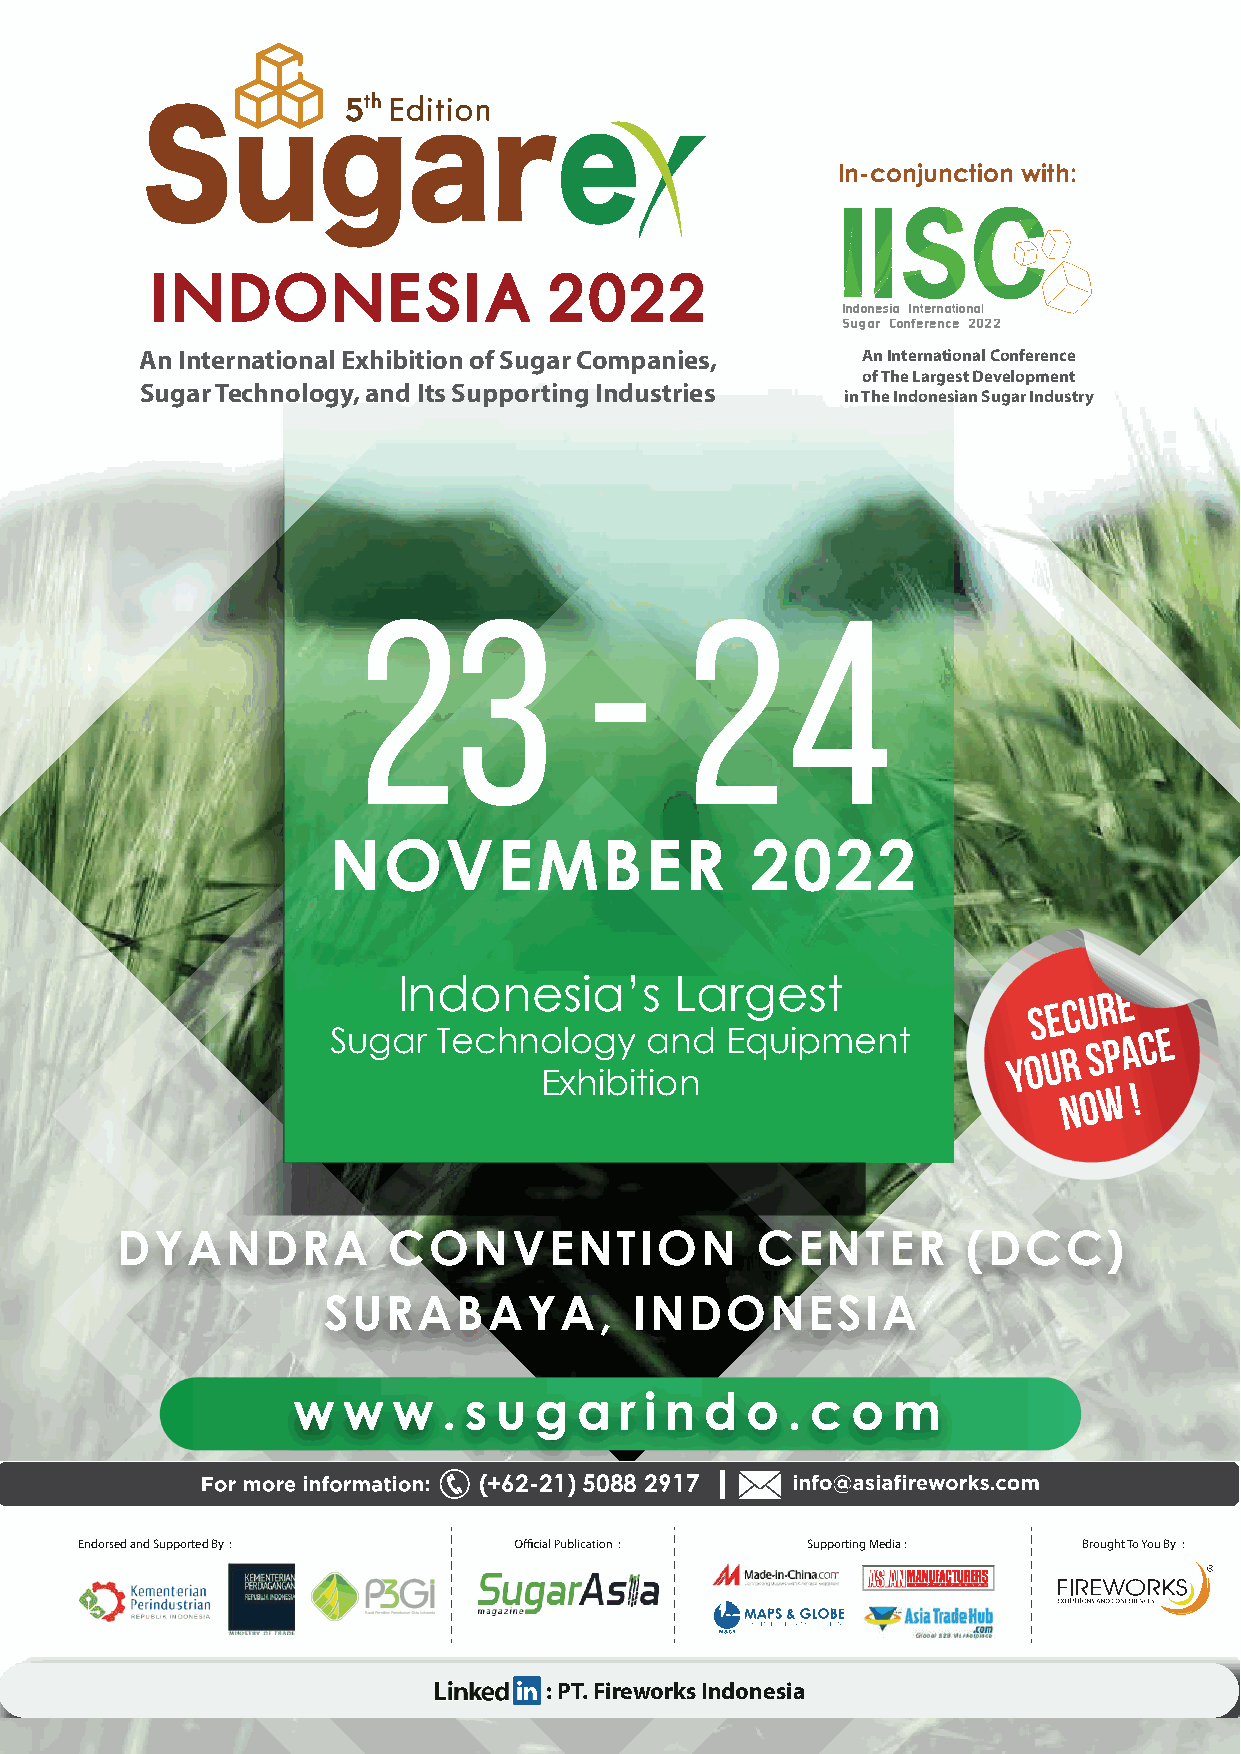
5th
 In-conjunction with:
 INDONESIA                 2022
 Indonesia International
 Sugar Conference 2022
 An International Exhibition of Sugar Companies, An International Conference
 of The Largest Development
 Sugar Technology, and Its Supporting Industries
 in The Indonesian Sugar Industry
 23             -      24
 NOVEMBER                    2022
 Indonesia’s        Largest                S E C U R E
 Sugar  Technology    and  Equipment          Y O U R S P A C E
 Exhibition                        N O W !
 DYANDRA          CONVENTION              CE    NTER    ( DCC)
 SURA     BAYA,       IND   ONESI     A
 w   w  w  . su  g  ar  in d  o.    c om
 (+62-21) 5088 2917
 Endorsed and Supported By :                     Supporting Media : Brought To You By :
 : PT. Fireworks Indonesia